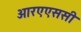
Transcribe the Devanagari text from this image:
आरएएससी